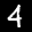
Label: 4